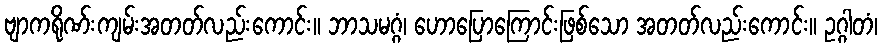
ဗျာကရိုဏ်းကျမ်းအတတ်လည်းကောင်း။ ဘာသမဂ္ဂံ၊ ဟောပြောကြောင်းဖြစ်သော အတတ်လည်းကောင်း။ ဥဂ္ဂါတံ၊